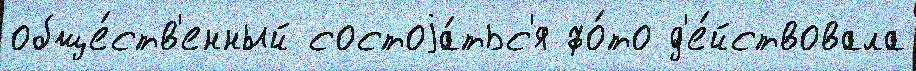
обще́ств'енный состоjа́тьс'я фо́то д'е́йствовала